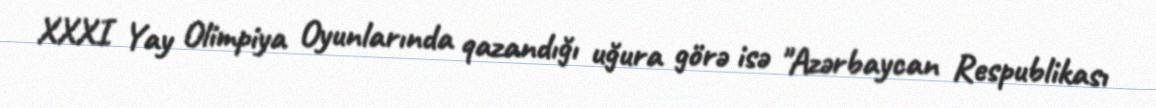
XXXI Yay Olimpiya Oyunlarında qazandığı uğura görə isə "Azərbaycan Respublikası